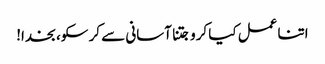
اتنا عمل کیا کرو جتنا آسانی سے کر سکو، بخدا!